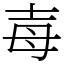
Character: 毐